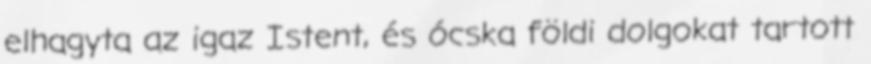
elhagyta az igaz Istent, és ócska földi dolgokat tartott